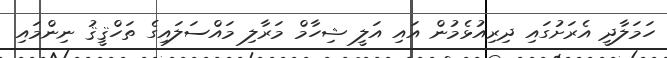
ހަމަލާދީ އެރަށުގައި ދިރިއުޅެމުން އައި އަލީ ޝިހާމް މަރާލި މައްސަލައިގެ ތަހްޤީޤު ނިންމައި